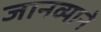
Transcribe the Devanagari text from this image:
जानव्याने